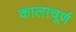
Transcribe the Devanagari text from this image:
कालाचूर्ण